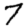
Digit: 7